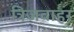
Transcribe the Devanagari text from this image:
त्रिजवाहर